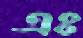
এঃ